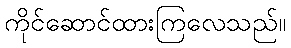
ကိုင်ဆောင်ထားကြလေသည်။